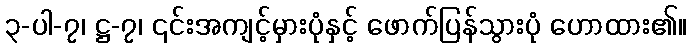
၃-ပါ-၇၊ ဋ္ဌ-၇၊ ၎င်းအကျင့်မှားပုံနှင့် ဖောက်ပြန်သွားပုံ ဟောထား၏။